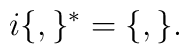
i\lbrace , \rbrace^{\ast} = \lbrace , \rbrace.